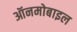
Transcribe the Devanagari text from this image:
ऑनमोबाइल